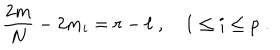
LaTeX: { \frac { 2 m } { N } } - 2 m _ { i } = r - \ell \; , \quad 1 \leq i \leq p \; .